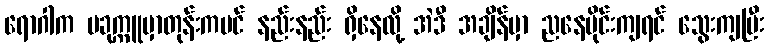
ရောဂါက ပခုက္ကူမှာတုန်းကပင် နည်းနည်း ရှိနေလို့ အဲဒီ အချိန်မှာ ညနေပိုင်းကျရင် သွေးကျပြီး